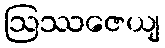
ဩဿဇေယျ